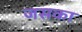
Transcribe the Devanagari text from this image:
जसका